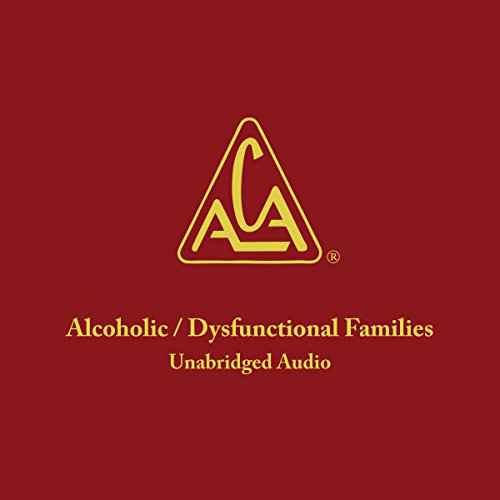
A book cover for Adult Children of Alcoholics/Dysfunctional Families;  Adult Children of Alcoholics/Dysfunctional Families; Self-Help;